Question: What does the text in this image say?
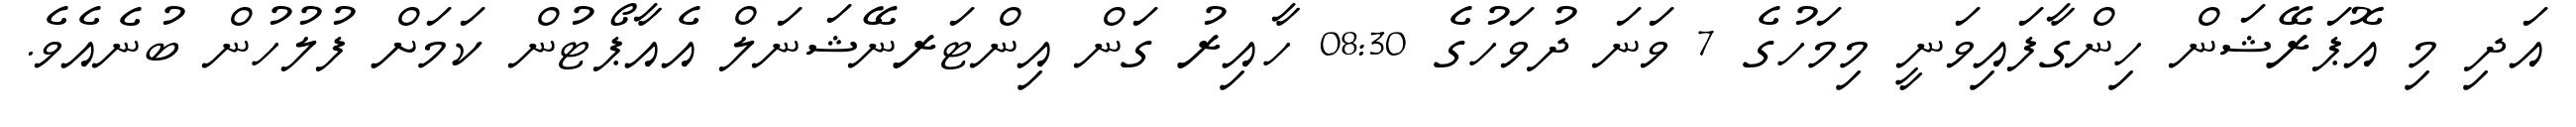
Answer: އަދި މި އޮޕަރޭޝަން ހިންގާފައިވަނީ މިމަހުގެ 7 ވަނަ ދުވަހުގެ 08:30 ހާއިރު ގަން އިންޓަރނޭޝަނަލް އެއާޕޯޓުން ކަމަށް ފުލުހުން ބުނެއެވެ.